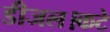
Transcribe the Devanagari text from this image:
डीजल।कटे